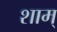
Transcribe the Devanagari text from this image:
शाम्